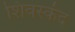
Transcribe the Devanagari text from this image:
शिवस्कंद